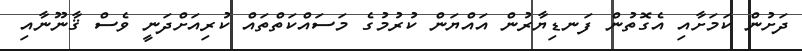
ދަށުން ކަމަށާއި އެގޮތުން ފަނޑިޔާރުން އައްޔަން ކުރުމުގެ މަސައްކަތްތައް ކުރިއަށްދަނީ ވެސް ޤާނޫނާއި